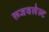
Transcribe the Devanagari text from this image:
रूजवलेल्ट